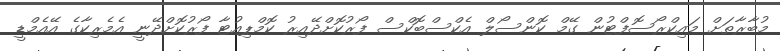
މުބާރާތަށް މައިކްރޯސޮފްޓުން ގޭމް ކޮންސޯލް އެކްސްބޮކްސް ފޯރުކޮށްދޭއިރު ކޮމްޕިއުޓާ ފޯރުކޮށްދޭނީ އެމެރިކާގެ އޭއެމްޑީ